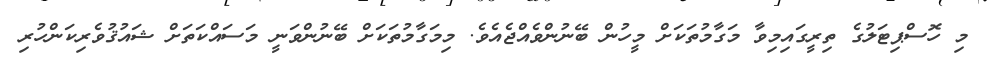
މި ހޮސްޕިޓަލުގެ ތިރީގައިމިވާ މަގާމުތަކަށް މީހުން ބޭނުންވެއްޖެއެވެ. މިމަގާމުތަކަށް ބޭނުންވަނީ މަސައްކަތަށް ޝައުޤުވެރިކަންހުރި